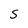
Character: S